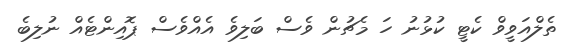
ތެލްއަވީވް ކެޓީ ކުޅުނު ހަ މެޗުން ވެސް ބަލިވެ އެއްވެސް ޕޮއިންޓެއް ނުލިބެ